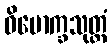
ဝိမောက္ခသုတ္တံ